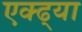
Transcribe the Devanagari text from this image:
एक्ढ्या